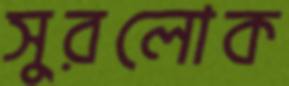
সুরলোক